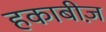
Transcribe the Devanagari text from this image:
हकाबीज़